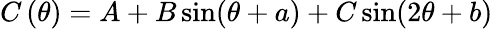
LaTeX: C\left(\theta\right)=A+B\sin(\theta+a)+C\sin(2\theta+b)